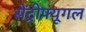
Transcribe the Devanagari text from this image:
सेंट्रीफ्यूगल